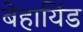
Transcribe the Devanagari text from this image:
बेहायिंड